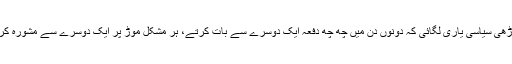
انہوں نے سب سے پہلے تو بینظیر بھٹو سے ایسی گاڑھی سیاسی یاری لگائی کہ دونوں دن میں چھ چھ دفعہ ایک دوسرے سے بات کرتے، ہر مشکل موڑ پر ایک دوسرے سے مشورہ کرتے اور ایک دوسرے کو بھائی بہن کہتے نہ تھکتے۔